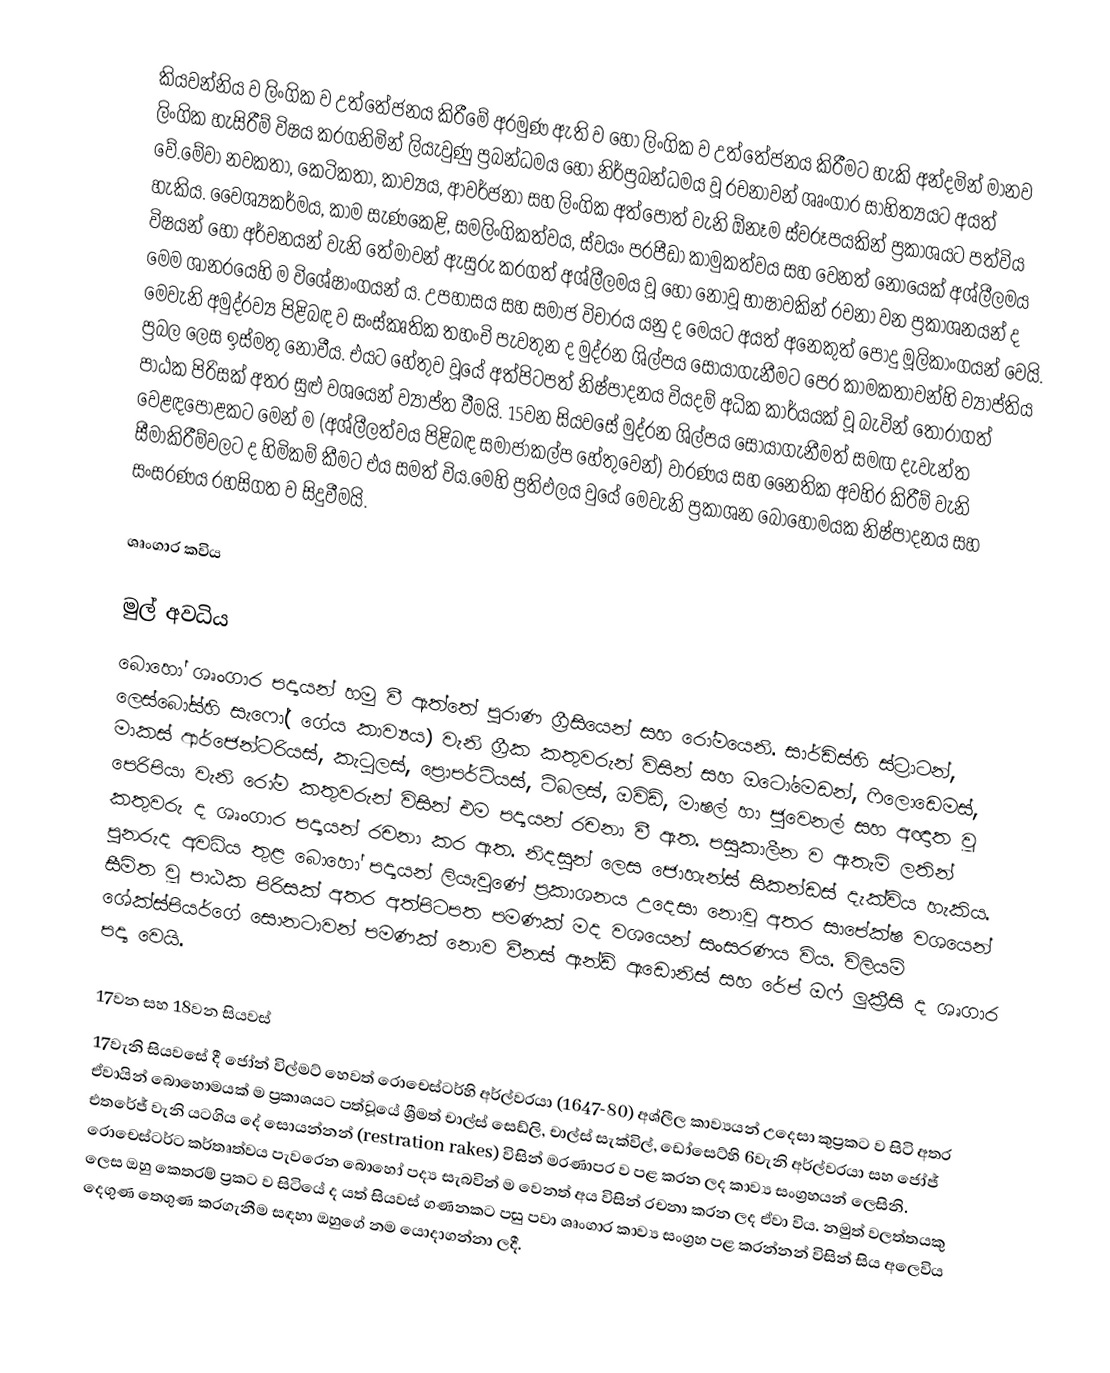
කියවන්නිය ව ලිංගික ව උත්තේජනය කිරීමේ අරමුණ ඇති ව හෝ ලිංගික ව උත්තේජනය කිරීමට හැකි අන්දමින් මානව ලිංගික හැසිරීම් විෂය කරගනිමින් ලියැවුණු ප්‍රබන්ධමය හෝ  නිර්ප්‍රබන්ධමය වූ  රචනාවන් ශෘංගාර සාහිත්‍යයට අයත් වේ.මේවා නවකතා, කෙටිකතා, කාව්‍යය, ආවර්ජනා සහ ලිංගික අත්පොත් වැනි ඕනෑම ස්වරූපයකින් ප්‍රකාශයට පත්විය හැකිය. වෛශ්‍යකර්මය, කාම සැණකෙළි, සමලිංගිකත්වය, ස්වයං පරපීඩා කාමුකත්වය සහ වෙනත් නොයෙක් අශ්ලීලමය විෂයන් හෝ අර්චනයන් වැනි තේමාවන් ඇසුරු කරගත් අශ්ලීලමය වූ හෝ නොවූ භාෂාවකින් රචනා වන ප්‍රකාශනයන් ද මෙම ශානරයෙහි ම  විශේෂාංගයන් ය. උපහාසය සහ සමාජ විචාරය යනු ද මෙයට අයත් අනෙකුත් පොදු මූලිකාංගයන් වෙයි. මෙවැනි අමුද්රව්‍ය පිළිබඳ ව සංස්කෘතික තහංචි පැවතුන ද මුද්රන ශිල්පය සොයාගැනීමට පෙර කාමකතාවන්හි ව්‍යාප්තිය ප්‍රබල ලෙස ඉස්මතු නොවීය. එයට හේතුව වූයේ අත්පිටපත් නිෂ්පාදනය වියදම් අධික කාර්යයක් වූ බැවින් තෝරාගත් පාඨක පිරිසක් අතර සුළු වශයෙන් ව්‍යාප්ත වීමයි. 15වන සියවසේ මුද්රන ශිල්පය සොයාගැනීමත් සමඟ දැවැන්ත වෙළඳපොළකට මෙන් ම (අශ්ලීලත්වය පිළිබඳ සමාජාකල්ප හේතුවෙන්) වාරණය සහ නෛතික අවහිර කිරීම් වැනි  සීමාකිරීම්වලට ද හිමිකම් කීමට එය සමත් විය.මෙහි ප්‍රතිඵලය වුයේ මෙවැනි ප්‍රකාශන බොහොමයක නිෂ්පාදනය සහ සංසරණය රහසිගත ව සිදුවීමයි.

ශෘංගාර කවිය

මුල් අවධිය
බොහෝ ශෘංගාර පද්‍යයන් හමු වී ඇත්තේ පුරාණ ග්‍රීසියෙන් සහ රෝමයෙනි. සාර්ඩිස්හි ස්ට්‍රාටන්, ලෙස්බෝස්හි සැෆෝ( ගේය කාව්‍යය) වැනි ග්‍රීක කතුවරුන් විසින් සහ ඔටෝමෙඩන්, ෆිලොඩෙමස්, මාකස් ආර්ජෙන්ටරියස්, කැටුලස්, ප්‍රොපර්ටියස්, ටිබලස්, ඔවිඩ්, මාෂල් හා ජුවෙනල් සහ අඥාත වූ පෙරිපියා වැනි රෝම කතුවරුන් විසින් එම පද්‍යයන් රචනා වී ඇත. පසුකාලීන ව ඇතැම් ලතින් කතුවරු ද ශෘංගාර පද්‍යයන් රචනා කර ඇත. නිදසුන් ලෙස ජොහැන්ස් සිකන්ඩස් දැක්විය හැකිය. පුනරුද අවධිය තුළ බොහෝ පද්‍යයන් ලියැවුණේ ප්‍රකාශනය උදෙසා නොවූ අතර සාපේක්ෂ වශයෙන් සීමිත වූ පාඨක පිරිසක් අතර අත්පිටපත පමණක් මද වශයෙන් සංසරණය විය. විලියම් ශේක්ස්පියර්ගේ සොනටාවන් පමණක් නොව වීනස් ඇන්ඩ් ඇඩොනිස් සහ  රේප් ඔෆ් ලුක්‍රීසි  ද ශෘගාර පද්‍ය වෙයි.

17වන සහ 18වන සියවස්
17වැනි සියවසේ දී ජෝන් විල්මට් හෙවත් රොචෙස්ටර්හි අර්ල්වරයා (1647-80)  අශ්ලීල කාව්‍යයන් උදෙසා කුප්‍රකට ව සිටි අතර ඒවායින් බොහොමයක් ම ප්‍රකාශයට පත්වූයේ ශ්‍රීමත් චාල්ස් සෙඩ්ලි, චාල්ස් සැක්විල්, ඩෝසෙට්හි 6වැනි අර්ල්වරයා සහ ජෝජ් එතරේජ් වැනි යටගිය දේ සොයන්නන් (restration rakes) විසින් මරණාපර ව පළ කරන ලද කාව්‍ය සංග්‍රහයන් ලෙසිනි. රොචෙස්ටර්ට කර්තෘත්වය පැවරෙන බොහෝ පද්‍ය සැබවින් ම වෙනත් අය විසින් රචනා කරන ලද ඒවා විය. නමුත් වලත්තයකු ලෙස ඔහු කෙතරම් ප්‍රකට ව සිටියේ ද යත් සියවස් ගණනකට පසු පවා ශෘංගාර කාව්‍ය සංග්‍රහ පළ කරන්නන් විසින් සිය අලෙවිය දෙගුණ තෙගුණ කරගැනීම සඳහා ඔහුගේ නම යොදාගන්නා ලදී.